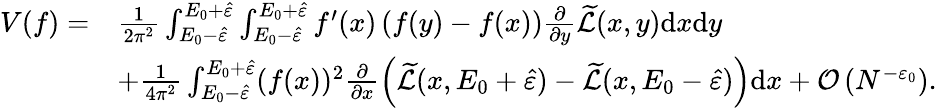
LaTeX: \begin{array}{rl}{V(f)=}&{\frac{1}{2\pi^{2}}\int_{E_{0}-\hat{\varepsilon}}^{E_{0}+\hat{\varepsilon}}\int_{E_{0}-\hat{\varepsilon}}^{E_{0}+\hat{\varepsilon}}f^{\prime}(x)\left(f(y)-f(x)\right)\frac{\partial}{\partial y}\widetilde{\mathcal{L}}(x,y)\mathrm{d}x\mathrm{d}y}\\ &{+\frac{1}{4\pi^{2}}\int_{E_{0}-\hat{\varepsilon}}^{E_{0}+\hat{\varepsilon}}(f(x))^{2}\frac{\partial}{\partial x}\left(\widetilde{\mathcal{L}}(x,E_{0}+\hat{\varepsilon})-\widetilde{\mathcal{L}}(x,E_{0}-\hat{\varepsilon})\right)\mathrm{d}x+\mathcal{O}\left(N^{-\varepsilon_{0}}\right).}\end{array}